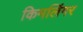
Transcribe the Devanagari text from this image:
किमलिंगर